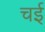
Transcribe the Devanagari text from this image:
चई